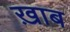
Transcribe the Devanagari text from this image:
ख़ाब